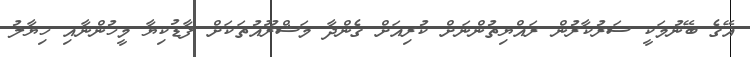
އޭގެ ބޭނުމަކީ ސަރުކާރުން ރައްޔިތުންނަށް ކުރިއަށް ގެންދާ މަޝްރޫއުތަކަށް ފާޑުކިޔާ މީހުންނާއި ހިޔާލު